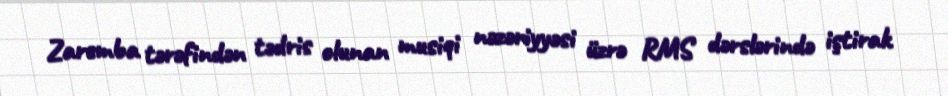
Zaremba tərəfindən tədris olunan musiqi nəzəriyyəsi üzrə RMS dərslərində iştirak